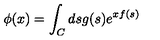
\phi ( x ) = \int _ { C } d s g ( s ) e ^ { x f ( s ) }